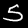
Digit: 5